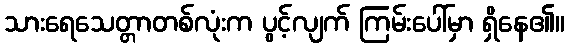
သားရေသေတ္တာတစ်လုံးက ပွင့်လျက် ကြမ်းပေါ်မှာ ရှိနေ၏။